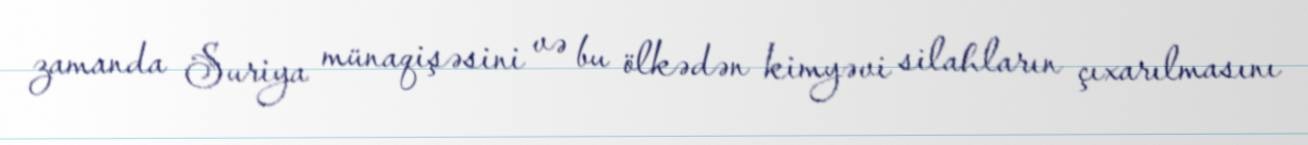
zamanda Suriya münaqişəsini və bu ölkədən kimyəvi silahların çıxarılmasını